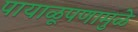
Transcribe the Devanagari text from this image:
पायाळूपणामुळे